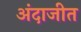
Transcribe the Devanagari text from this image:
अंदाजीत